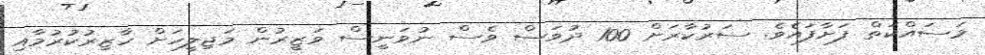
މަސައްކަތް ފަށާފައެވެ. ސަރުކާރަށް 100 ދުވަސް ވެސް ނުވަނީސް ވަޒީރުން މަޖިލީހަށް ހާޒިރުކުރުމާއި